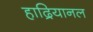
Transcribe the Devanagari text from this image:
हाद्रियानल